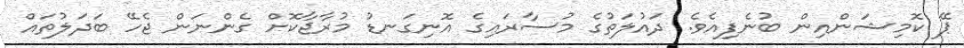
ޕޭ ކޮމިޝަންއިން ބުނެފިއެވެ. ދައުލަތުގެ މުސާރައިގެ އޮނިގަނޑު މުރާޖާކޮށް ގެންނަން ޖެހޭ ބަދަލުތައް